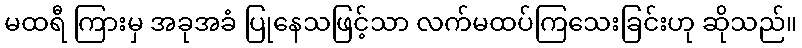
မထရီ ကြားမှ အခုအခံ ပြုနေသဖြင့်သာ လက်မထပ်ကြသေးခြင်းဟု ဆိုသည်။